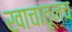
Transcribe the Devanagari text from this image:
खाचातूनच